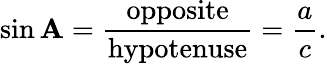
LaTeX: \sin\mathbf{A}={\frac{{\textrm{{opposite}}}}{{\textrm{{hypotenuse}}}}}={\frac{{a}}{{c}}}.